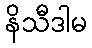
နိသီဒါမ